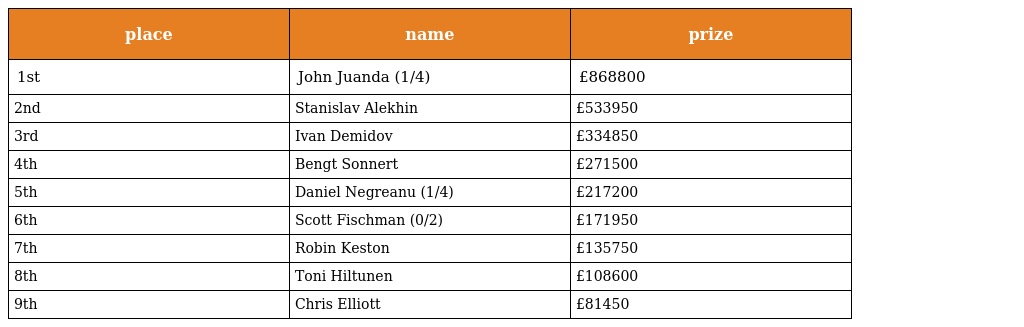
| place | name | prize |
 | --- | --- | --- |
 | 1st | John Juanda (1/4) | £868800 |
 | 2nd | Stanislav Alekhin | £533950 |
 | 3rd | Ivan Demidov | £334850 |
 | 4th | Bengt Sonnert | £271500 |
 | 5th | Daniel Negreanu (1/4) | £217200 |
 | 6th | Scott Fischman (0/2) | £171950 |
 | 7th | Robin Keston | £135750 |
 | 8th | Toni Hiltunen | £108600 |
 | 9th | Chris Elliott | £81450 |